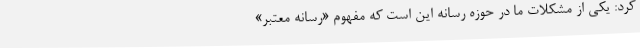
کرد: یکی از مشکلات ما در حوزه رسانه این است که مفهوم «رسانه معتبر»